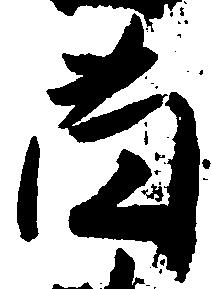
薗